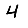
Digit: 4